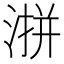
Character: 𪶜